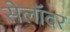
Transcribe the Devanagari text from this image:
सेलॉदर